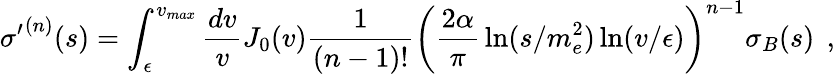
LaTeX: {\sigma^{\prime}}^{(n)}(s)=\int_{\epsilon}^{v_{max}}{\frac{dv}{v}}J_{0}(v){\frac{1}{(n-1)!}}\left({\frac{2\alpha}{\pi}}\ln(s/m_{e}^{2})\ln(v/\epsilon)\right)^{n-1}\sigma_{B}(s)\; \, ,